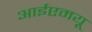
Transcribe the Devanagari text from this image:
आईएमयू